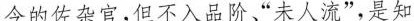
令的佐杂官，但不入品阶”未人流”，是知